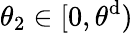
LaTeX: \theta_{2}\in[0,\theta^{\mathrm{d}})